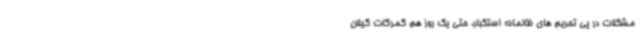
مشکلات در پی تحریم های ظالمانه استکبار، حتی یک روز هم گمرکات گیلان